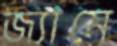
জ্যামে